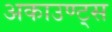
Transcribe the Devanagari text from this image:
अकाउण्ट्स